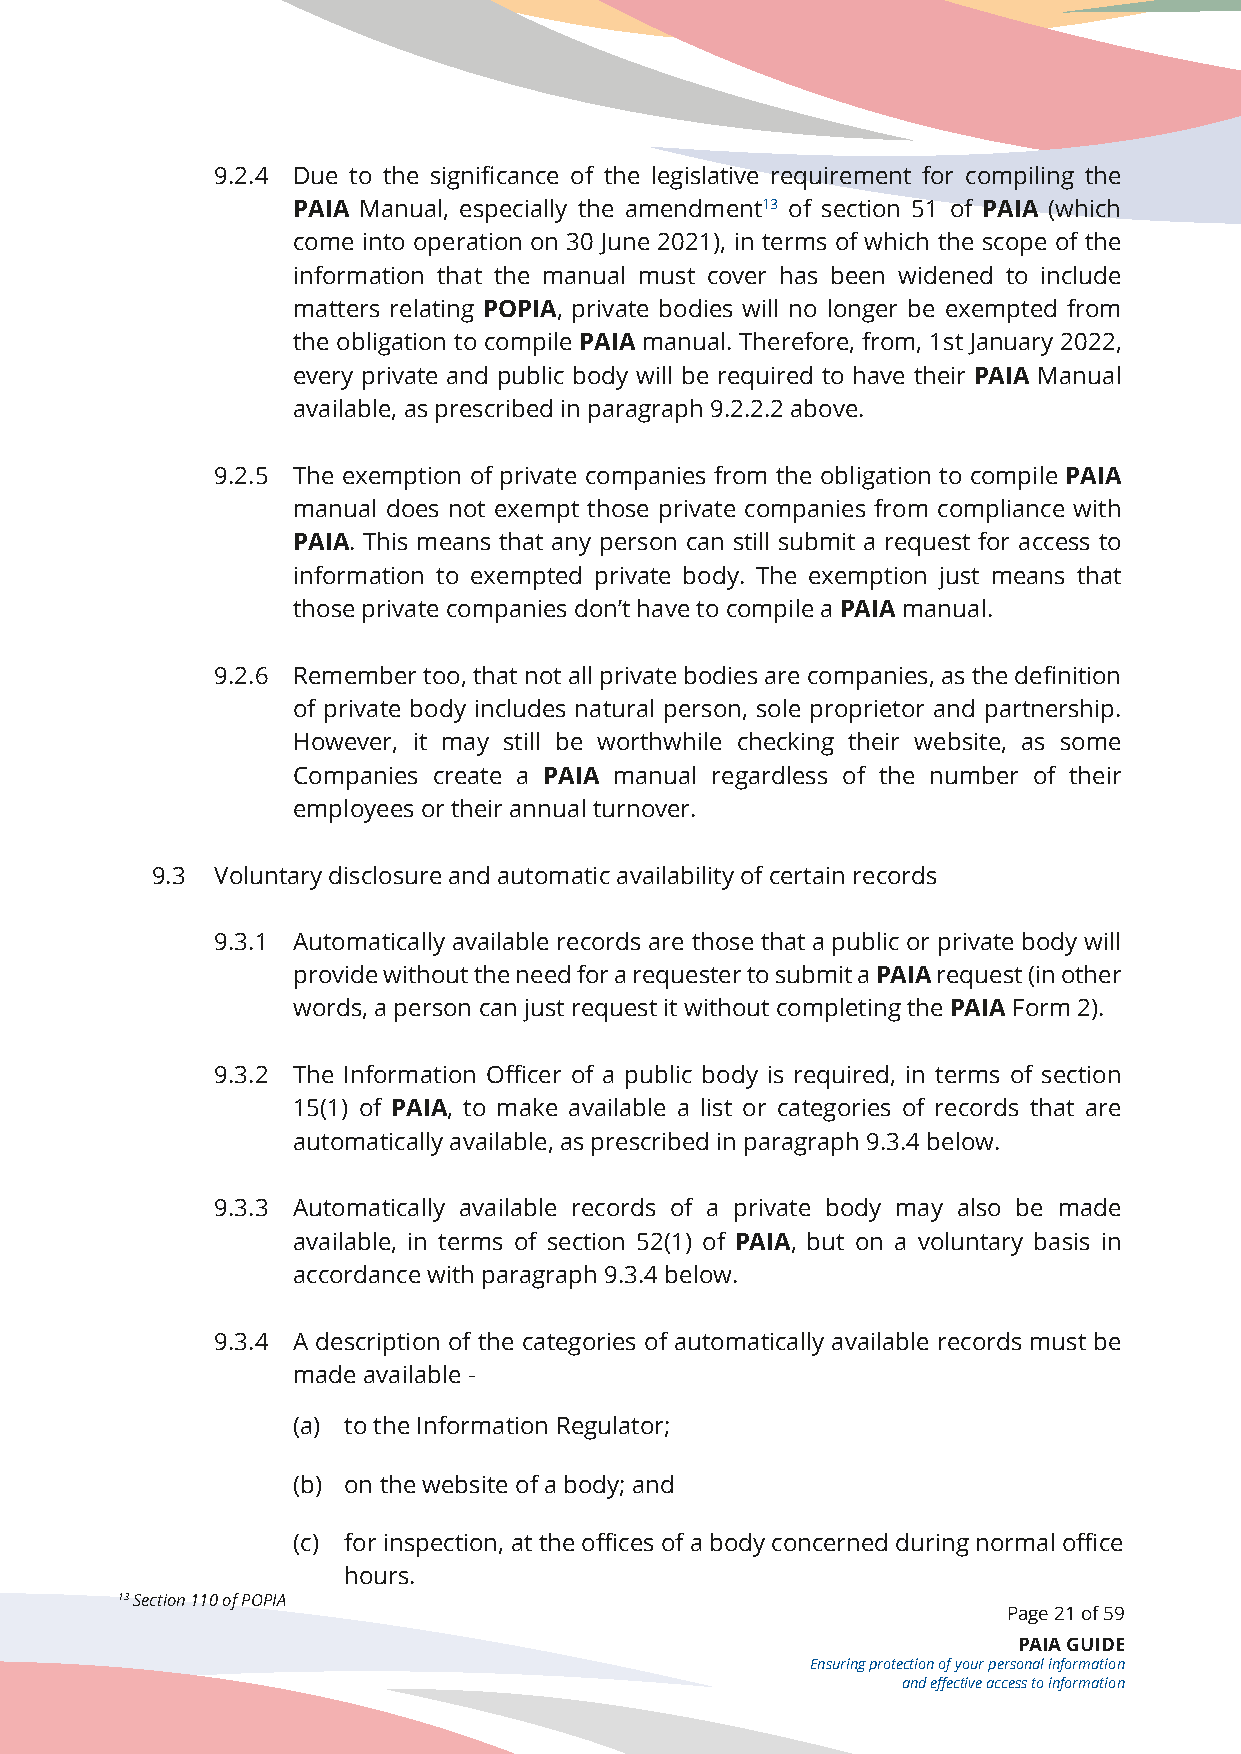
9.2.4 Due to the significance of the legislative requirement for compiling the
 PAIA Manual, especially the amendment13 of section 51 of PAIA (which
 come into operation on 30 June 2021), in terms of which the scope of the
 information that the manual must cover has been widened to include
 matters relating POPIA, private bodies will no longer be exempted from
 the obligation to compile PAIA manual. Therefore, from, 1st January 2022,
 every private and public body will be required to have their PAIA Manual
 available, as prescribed in paragraph 9.2.2.2 above.
 9.2.5 The exemption of private companies from the obligation to compile PAIA
 manual does not exempt those private companies from compliance with
 PAIA. This means that any person can still submit a request for access to
 information to exempted private body. The exemption just means that
 those private companies don’t have to compile a PAIA manual.
 9.2.6 Remember too, that not all private bodies are companies, as the definition
 of private body includes natural person, sole proprietor and partnership.
 However, it may still be worthwhile checking their website, as some
 Companies create a PAIA manual regardless of the number of their
 employees or their annual turnover.
 9.3 Voluntary disclosure and automatic availability of certain records
 9.3.1 Automatically available records are those that a public or private body will
 provide without the need for a requester to submit a PAIA request (in other
 words, a person can just request it without completing the PAIA Form 2).
 9.3.2 The Information Officer of a public body is required, in terms of section
 15(1) of PAIA, to make available a list or categories of records that are
 automatically available, as prescribed in paragraph 9.3.4 below.
 9.3.3 Automatically available records of a private body may also be made
 available, in terms of section 52(1) of PAIA, but on a voluntary basis in
 accordance with paragraph 9.3.4 below.
 9.3.4 A description of the categories of automatically available records must be
 made available -
 (a) to the Information Regulator;
 (b) on the website of a body; and
 (c) for inspection, at the offices of a body concerned during normal office
 hours.
 13 Section 110 of POPIA
 Page 21 of 59
 PAIA GUIDE
 Ensuring protection of your personal information
 and effective access to information